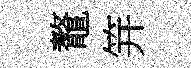
鼇笄